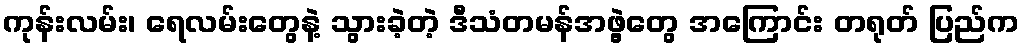
ကုန်းလမ်း၊ ရေလမ်းတွေနဲ့ သွားခဲ့တဲ့ ဒီသံတမန်အဖွဲ့တွေ အကြောင်း တရုတ် ပြည်က